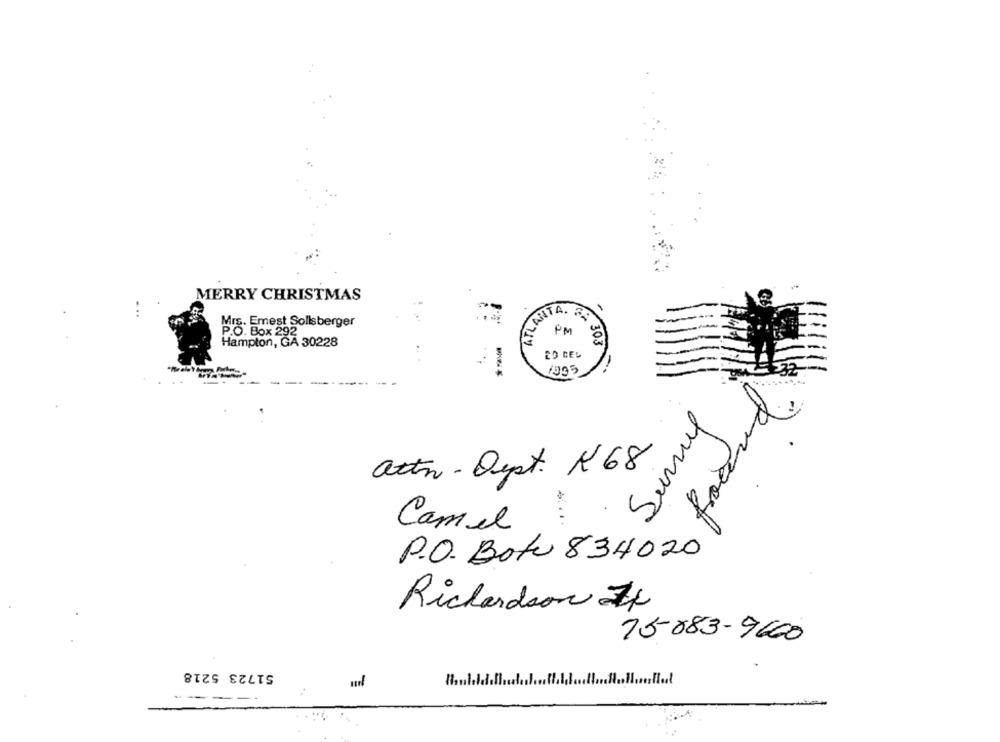
MERRY CHRISTMAS
Mrs. Emest Sollsberger
Hampton, GA 30228
92
303
2O CEL
1995
found.
attn - Dypt. K68
Camel
P.O. Botu 834020
Richardson If
75-883-9600
51723 5218